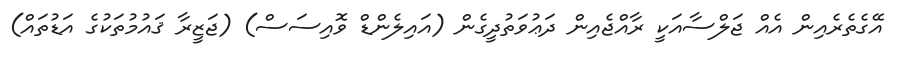
އޭގެތެރެއިން އެއް ޖަލްސާއަކީ ރާއްޖެއިން ދަޢުވަތުދީގެން (އައިލެންޑް ވޮއިސަސް) (ޖަޒީރާ ޤައުމުތަކުގެ އަޑުތައް)